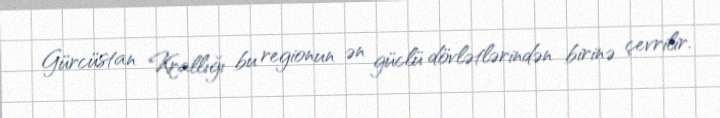
Gürcüstan Krallığı bu regionun ən güclü dövlətlərindən birinə çevrilir.